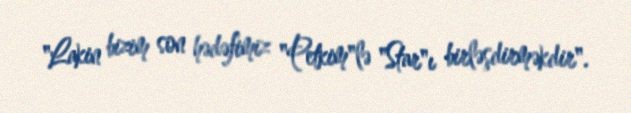
"Lakin bizim son hədəfimiz "Petkim"lə "Star"ı birləşdirməkdir".